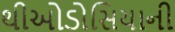
થીઓડોસિયાની